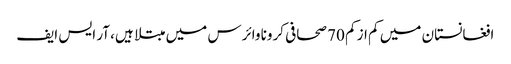
افغانستان میں کم از کم 70 صحافی کرونا وائرس میں مبتلا ہیں، آر ایس ایف